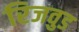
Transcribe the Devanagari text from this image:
रिजवुड